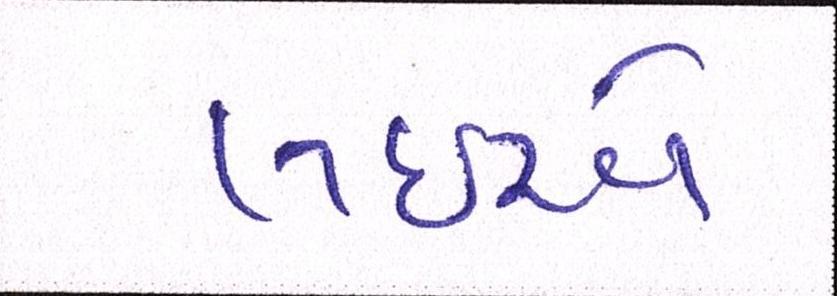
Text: લઈએ